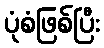
ပုံစံဖြစ်ပြီး